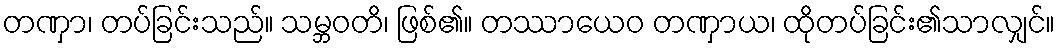
တဏှာ၊ တပ်ခြင်းသည်။ သမ္ဘဝတိ၊ ဖြစ်၏။ တဿာယေဝ တဏှာယ၊ ထိုတပ်ခြင်း၏သာလျှင်။